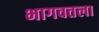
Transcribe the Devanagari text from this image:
भागवतला